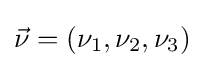
{\vec {\nu }}=(\nu _{1},\nu _{2},\nu _{3})